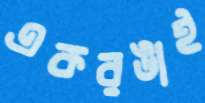
একরঙাই